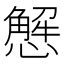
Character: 𢢣